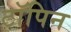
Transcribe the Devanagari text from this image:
टॉपिन